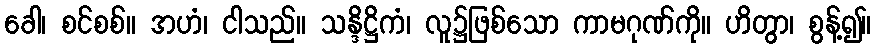
ခေါ၊ စင်စစ်။ အဟံ၊ ငါသည်။ သန္ဒိဋ္ဌိကံ၊ လူ၌ဖြစ်သော ကာမဂုဏ်ကို။ ဟိတွာ၊ စွန့်၍။